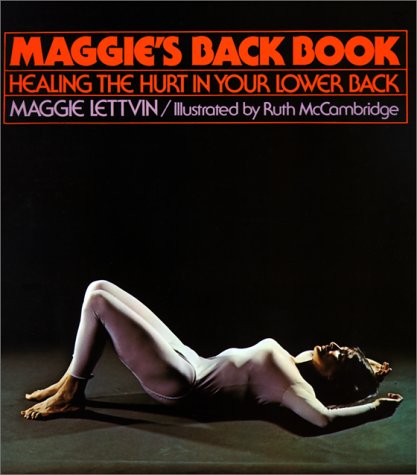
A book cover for Maggie's Back Book: Healing the Hurt in Your Lower Back; Margaret B. Lettvin; Health, Fitness & Dieting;